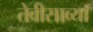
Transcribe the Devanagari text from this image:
तेवीसाव्‍या